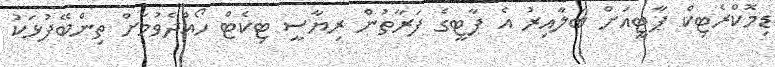
ޑިމޮކްރެޓިކް ޕާޓީއަށް ބަލާއިރު އެ ޕާޓީގެ ފަރާތުން ރިޔާސީ ޓިކެޓް ހޯއްދެވުމަށް ތިންބޭފުޅަކު